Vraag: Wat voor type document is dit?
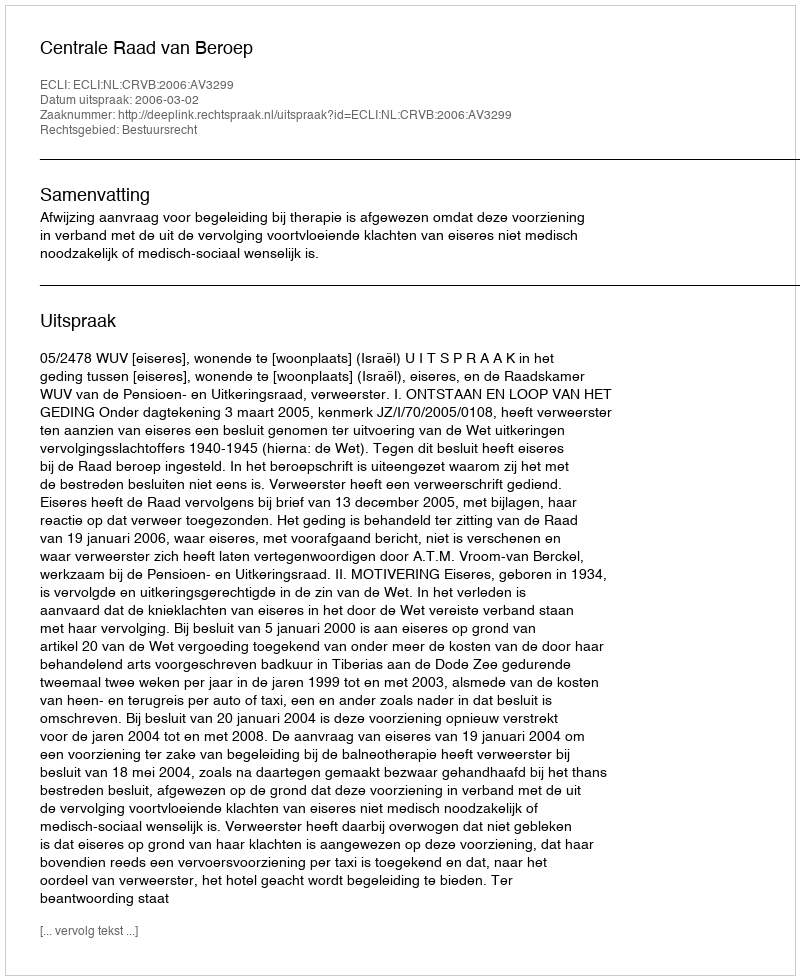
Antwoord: Uitspraak